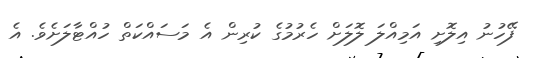
ފޭހުނު އިލޮށި އަމިއްލަ ލޮލަށް ހެރުމުގެ ކުރިން އެ މަސައްކަތް ހުއްޓާލަށެވެ. އެ